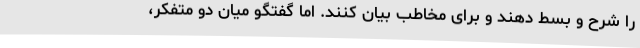
را شرح و بسط دهند و برای مخاطب بیان کنند. اما گفتگو میان دو متفکر،